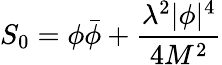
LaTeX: S_{0}=\phi\bar{\phi}+\frac{\lambda^{2}|\phi|^{4}}{4M^{2}}